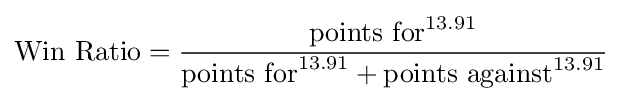
\mathrm {Win\ Ratio} ={\frac {{\text{points for}}^{13.91}}{{\text{points for}}^{13.91}+{\text{points against}}^{13.91}}}